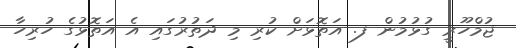
ޖުމްހޫރީ ގުޅުމުން ފ. އަތޮޅަށް ކުރި މި ދަތުރުގައި އެ އަތޮޅުގެ ހުރިހާ